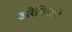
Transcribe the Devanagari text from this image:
अरेबिआने